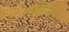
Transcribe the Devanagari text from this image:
दर्शविण्याची